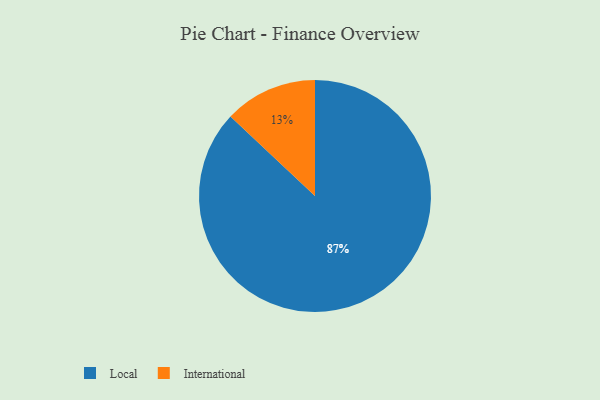
{"axis": {"x": "Category", "y": "Percentage"}, "legend": ["International", "Local"], "data": [{"x": "Local", "y": 87, "type": "Local"}, {"x": "International", "y": 13, "type": "International"}]}